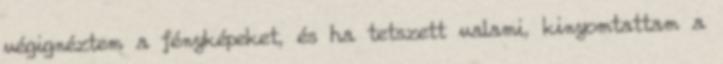
végignéztem a fényképeket, és ha tetszett valami, kinyomtattam a